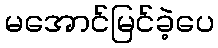
မအောင်မြင်ခဲ့ပေ